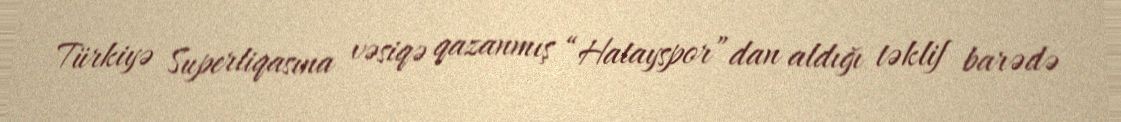
Türkiyə Superliqasına vəsiqə qazanmış “Hatayspor”dan aldığı təklif barədə